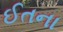
ઈતના